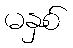
မနှစ်